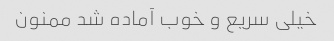
خیلی سریع و خوب آماده شد ممنون